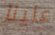
علينا